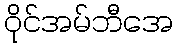
ဝိုင်အမ်ဘီအေ